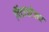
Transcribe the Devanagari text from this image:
विंटरस्टेलर